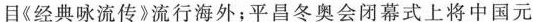
目《经典咏流传》流行海外；平昌冬奥会闭幕式上将中国元